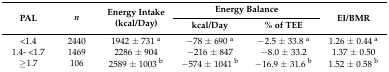
<table><thead><tr><td rowspan="2"><b>PAL</b></td><td rowspan="2"><b><i>n</i></b></td><td rowspan="2"><b>Energy Intake (kcal/Day)</b></td><td colspan="2"><b>Energy Balance</b></td><td rowspan="2"><b>EI/BMR</b></td></tr><tr><td><b>kcal/Day</b></td><td><b>% of TEE</b></td></tr></thead><tbody><tr><td>&lt;1.4</td><td>2440</td><td>1942 ± 731 <sup>a</sup></td><td>−78 ± 690 <sup>a</sup></td><td>−2.5 ± 33.8 <sup>a</sup></td><td>1.26 ± 0.44 <sup>a</sup></td></tr><tr><td>1.4- &lt;1.7</td><td>1469</td><td>2286 ± 904</td><td>−216 ± 847</td><td>−8.0 ± 33.2</td><td>1.37 ± 0.50</td></tr><tr><td>≥1.7</td><td>106</td><td>2589 ± 1003 <sup>b</sup></td><td>−574 ± 1041 <sup>b</sup></td><td>−16.9 ± 31.6 <sup>b</sup></td><td>1.52 ± 0.58 <sup>b</sup></td></tr></tbody></table>